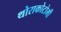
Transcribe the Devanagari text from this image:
थोराकोटोमी